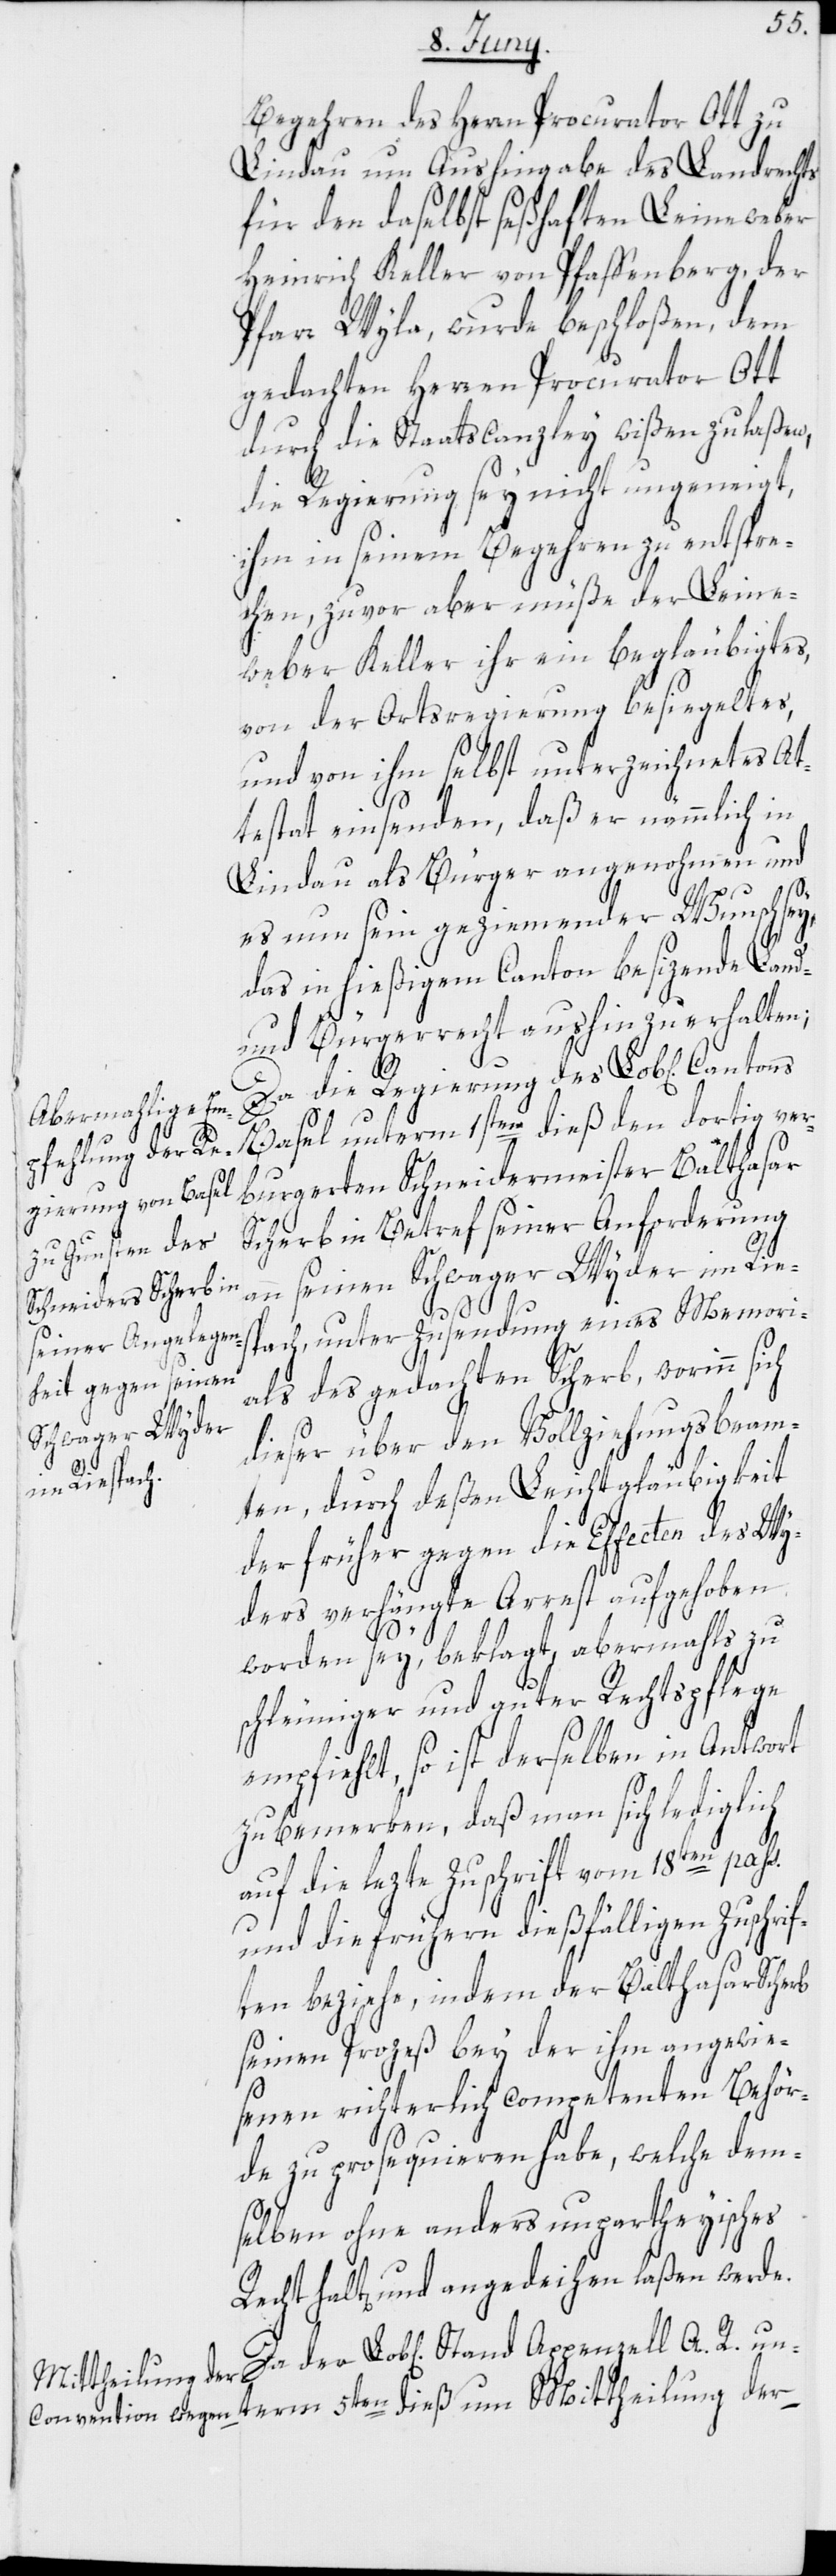
Begehren des Herrn Procurator Ott zu
Lindau um Aushingabe des Landrechts
für den daselbst seßhaften Leineweber
Heinrich Keller von Pfaffenberg, der
Pfarr Wyla, wurde beschloßen, dem
gedachten Herren Procurator Ott
durch die Staatscanzley wißen zu laßen,
die Regierung sey nicht ungeneigt,
ihm in seinem Begehren zu entspre¬
chen, zuvor aber müße der Leine¬
weber Keller ihr ein beglaubigtes,
von der Ortsregierung besiegeltes,
und von ihm selbst unterzeichnetes At¬
testat einsenden, daß er nämmlich in
Lindau als Bürger angenohmen und
A.
es nun sein geziemender Wunsch sey,
das in hießigem Canton besizende Land-
und Bürgerrecht aushin zu erhalten;
Da die Regierung des Lob[lichen]
Basel unterm 1sten dieß den dortig ver¬
burgerten Schneidermeister Balthasar
Scherb in Betref seiner Anforderung
an seinen Schwager Wyder im Rie¬
spach, unter Zusendung eines Memori¬
als des gedachten Scherb, worinn sich
R. unterm 5ten
dieser über den Vollziehungsbeam¬
ten, durch deßen Leichtgläubigkeit
der früher gegen die Effecten des Wy¬
ders verhängte Arrest aufgehoben
worden sey, beklagt, abermahls zu
schleuniger und guter Rechtspflege
empfiehlt, so ist derselben in Antwort
zu bemerken, daß man sich lediglich
auf die lezte Zuschrift vom 18ten pass.
und die frühern dießfälligen Zuschrif¬
ten beziehe, indem der Balthasar Scherb
seinen Prozeß bey der ihm angewie¬
senen richterlich competenten Behör¬
de zu prosequieren habe, welche dem¬
selben ohne anders unpartheyisches
halt[en] und angedeihen laßen werde.
Mittheilung der